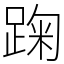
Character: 踘